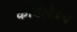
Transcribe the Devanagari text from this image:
कार्यक्षेत्रच